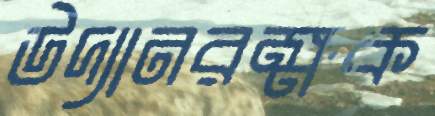
উদ্যানরক্ষক